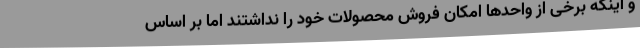
و اینکه برخی از واحدها امکان فروش محصولات خود را نداشتند اما بر اساس